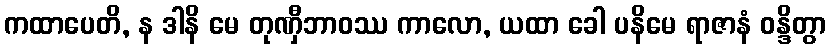
ကထာပေတိ, န ဒါနိ မေ တုဏှီဘာဝဿ ကာလော, ယထာ ခေါ ပနိမေ ရာဇာနံ ဝန္ဒိတွာ